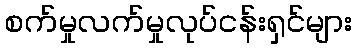
စက်မှုလက်မှုလုပ်ငန်းရှင်များ